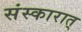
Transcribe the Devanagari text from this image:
संस्कारात्‌